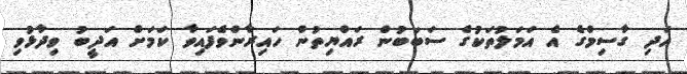
އަދި ގާސިމްގެ އެ އަމަލުތަކުގެ ސަބަބުން ރައްޔިތުން ހައިރާންވެފައިވާ ކަމަށް އަދީބު ވިދާޅުވި